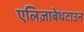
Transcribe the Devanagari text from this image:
एलिज़ाबेथटाउन